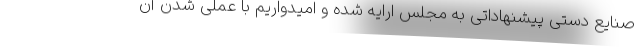
صنایع دستی پیشنهاداتی به مجلس ارایه شده و امیدواریم با عملی شدن آن